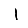
Digit: 1